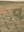
વ